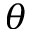
\theta